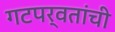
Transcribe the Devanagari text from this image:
गटपर्वतांची